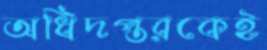
অধিদপ্তরকেই